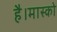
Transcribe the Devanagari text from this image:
है।मास्को